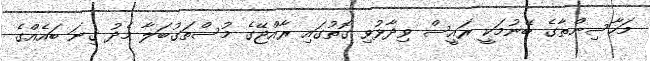
މަހާސިންތާގެ ބޭނުމަކީ ރައީސް ވިދާޅުވި ގޮތުގައި ރާއްޖޭގެ މުސްތަގުބަލާ މެދު ގިނަ ބައެއްގެ